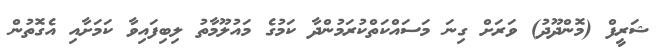
ޝަރީފް (މޮންދޫދު) ވަރަށް ގިނަ މަސައްކަތްކުރަމުންދާ ކަމުގެ މައުލޫމާތު ލިބިފައިވާ ކަމަށާއި އެގޮތުން